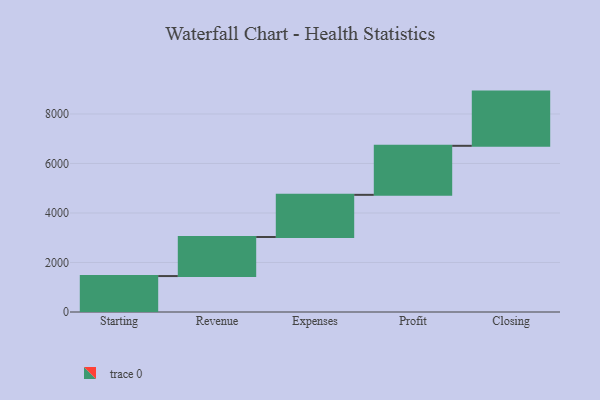
{"axis": {"x": "Step", "y": "Value"}, "legend": [""], "data": [{"x": "Starting", "y": 1452.0, "type": ""}, {"x": "Revenue", "y": 1578.0, "type": ""}, {"x": "Expenses", "y": 1703.0, "type": ""}, {"x": "Profit", "y": 1981.0, "type": ""}, {"x": "Closing", "y": 2190.0, "type": ""}]}